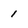
Character: 1